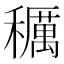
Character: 𥣭